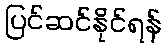
ပြင်ဆင်နိုင်ရန်